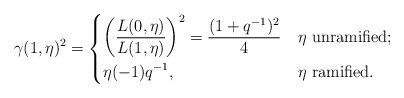
\begin{align*} \gamma(1,\eta)^{2}=\begin{dcases} \left(\frac{L(0,\eta)}{L(1,\eta)}\right)^2=\frac{(1+q^{-1})^2}{4} & \eta \mbox{ unramified};\\ \eta(-1)q^{-1}, & \eta \mbox{ ramified}.\end{dcases}\end{align*}